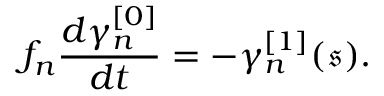
f _ { n } \frac { d \gamma _ { n } ^ { [ 0 ] } } { d t } = - \gamma _ { n } ^ { [ 1 ] } ( \mathfrak { s } ) .